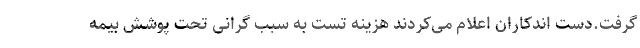
گرفت.دست اندکاران اعلام می‌کردند هزینه تست به سبب گرانی تحت پوشش بیمه